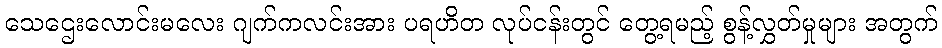
သေဌေးလောင်းမလေး ဂျက်ကလင်းအား ပရဟိတ လုပ်ငန်းတွင် တွေ့ရမည့် စွန့်လွှတ်မှုများ အတွက်